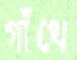
গাঁথে